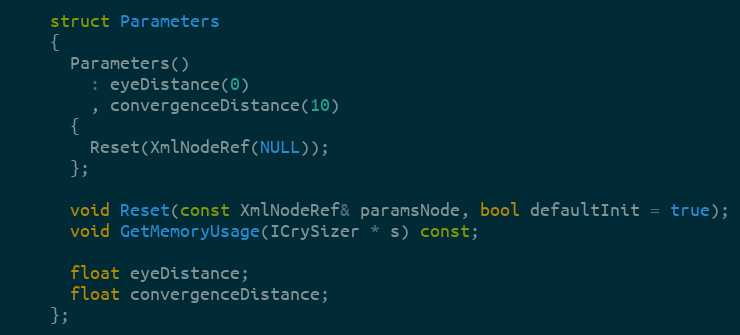
Language: C
    struct Parameters
    {
      Parameters()
        : eyeDistance(0)
        , convergenceDistance(10)
      {
        Reset(XmlNodeRef(NULL));
      };

      void Reset(const XmlNodeRef& paramsNode, bool defaultInit = true);
      void GetMemoryUsage(ICrySizer * s) const;

      float eyeDistance;
      float convergenceDistance;
    };